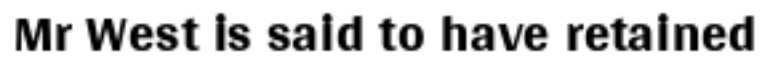
Mr West is said to have retained